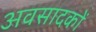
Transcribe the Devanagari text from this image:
अवसादकों